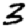
Digit: 3